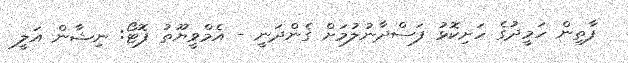
ފާތިން ހަމީދުގެ ހަށިކޮޅު ފަސްދާނުލުމަށް ގެންދަނީ - އެމްވީޔޫތު ފޮޓޯ: ނިޝާން އަލީ